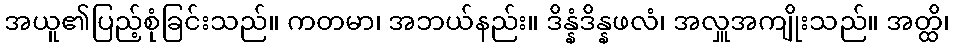
အယူ၏ပြည့်စုံခြင်းသည်။ ကတမာ၊ အဘယ်နည်း။ ဒိန္နံဒိန္နဖလံ၊ အလှူအကျိုးသည်။ အတ္ထိ၊